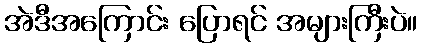
အဲဒီအကြောင်း ပြောရင် အများကြီးပဲ။